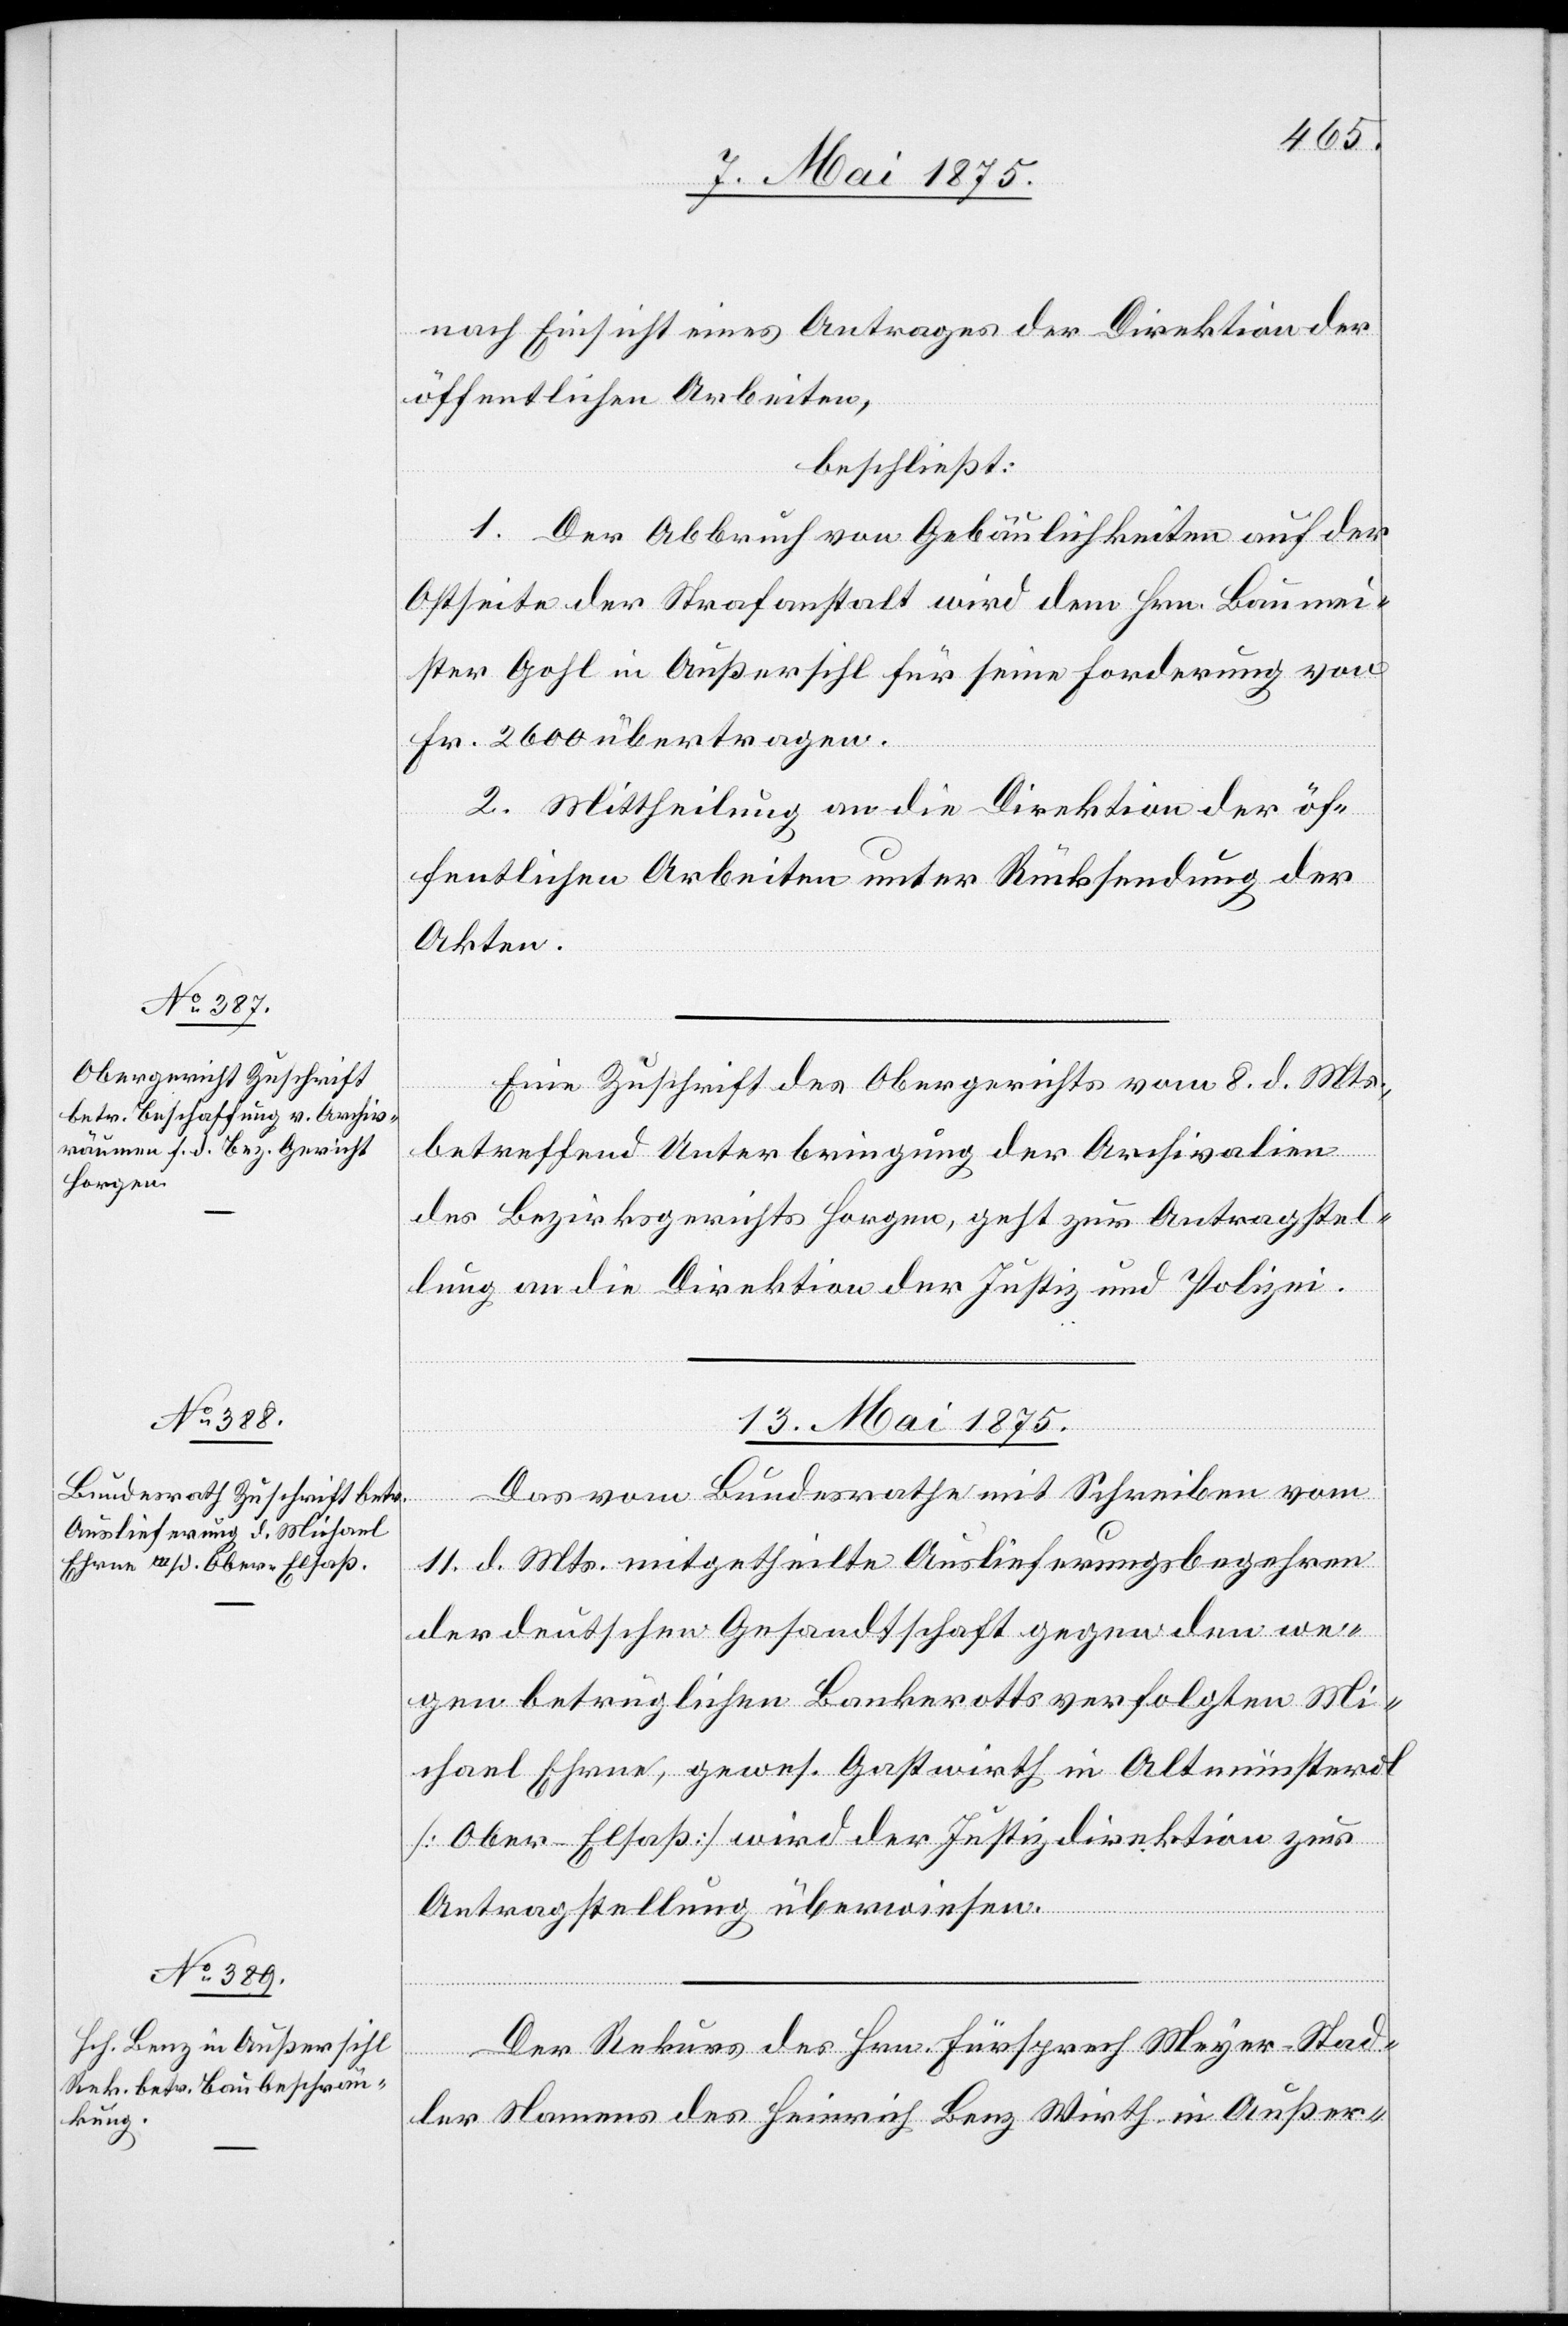
12. Mai 1875.]
nach Einsicht eines Antrages der Direktion der
öffentlichen Arbeiten,
beschließt:
1. Der Abbruch von Gebäulichkeiten auf der
Ostseite der Strafanstalt wird dem Hrn. Baumei¬
ster Gohl in Außersihl für seine Forderung von
Fr. 2600 übertragen.
2. Mittheilung an die Direktion der öf¬
fentlichen Arbeiten unter Rücksendung der
Akten.
Eine Zuschrift des Obergerichts vom 8.d. Mts.,
betreffend Unterbringung der Archivalien
des Bezirksgerichts Horgen, geht zur Antragstel¬
lung an die Direktion der Justiz und Polizei.
13. Mai 1875.]
Das vom Bundesrathe mit Schreiben vom
11. d.Mts. mitgetheilte Auslieferungsbegehren
der deutschen Gesandtschaft gegen den we¬
gen betrüglichen Bankrotts verfolgten Mi¬
chael Ehrne, gewes. Gastwirth in Altmünsterol
[Ober-Elsaß] wird der Justizdirektion zur
Antragstellung überwiesen.
Der Rekurs des Hrn. Fürsprech Meyer-Stad¬
ler Namens des Heinrich Lenz Wirth in Außer-